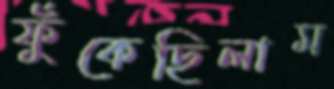
ফুঁকেছিলাম